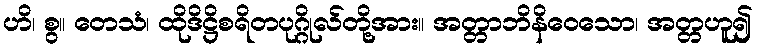
ဟိ၊ စွ။ တေသံ၊ ထိုဒိဋ္ဌိစရိတပုဂ္ဂိုလ်တို့အား။ အတ္တာဘိနိဝေသော၊ အတ္တဟူ၍